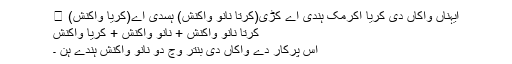
ایہناں واکاں دی کریا اکرمک ہندی اے کڑی(کرتا نانوَ واکنش) ہسدی اے(کریا واکنش) ।
کرتا نانوَ واکنش + نانوَ واکنش + کریا واکنش
اس پرکار دے واکاں دی بنتر وچ دو نانوَ واکنش ہندے ہن ۔